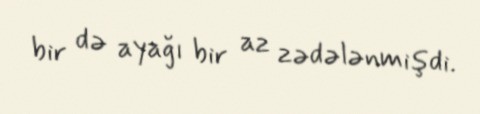
bir də ayağı bir az zədələnmişdi.